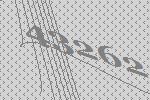
43262